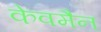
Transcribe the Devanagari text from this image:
केवमैन